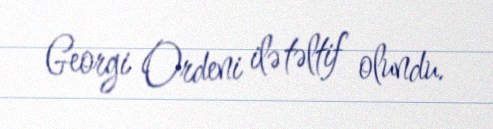
Georgi Ordeni ilə təltif olundu.